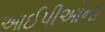
આઈપીઓના